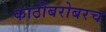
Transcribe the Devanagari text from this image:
काठीबरोबरच